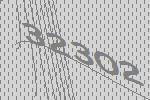
32302